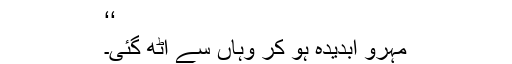
‘‘
مہرو آبدیدہ ہو کر وہاں سے اٹھ گئی۔